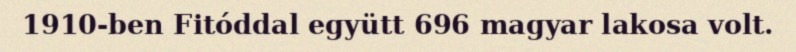
1910-ben Fitóddal együtt 696 magyar lakosa volt.